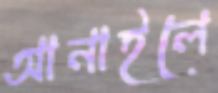
আনাইলে